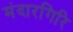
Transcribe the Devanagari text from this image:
मंदारगिरि